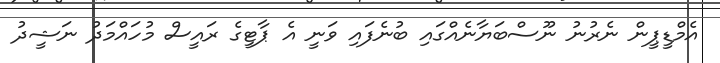
އެމްޑީޕީން ނެރުނު ނޫސްބަޔާނެއްގައި ބުނެފައި ވަނީ އެ ޕާޓީގެ ރައީސް މުހައްމަދު ނަޝީދު